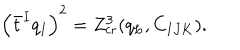
\left( \bar { t } ^ { I } q _ { I } \right) ^ { 2 } = Z _ { \mathrm { c r } } ^ { 3 } ( q _ { L } , C _ { I J K } ) .